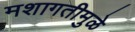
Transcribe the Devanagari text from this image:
मशागतीमुळे